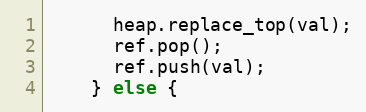
Language: C++
      heap.replace_top(val);
      ref.pop();
      ref.push(val);
    } else {